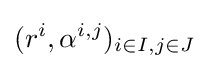
(r^{i},\alpha ^{i,j})_{i\in I,j\in J}